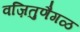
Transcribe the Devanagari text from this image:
वज़ितुणैगळ